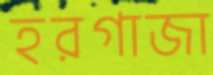
হরগাজা